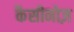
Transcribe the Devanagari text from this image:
कैसीनोज़